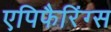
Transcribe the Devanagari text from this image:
एपिफैरिंग्स